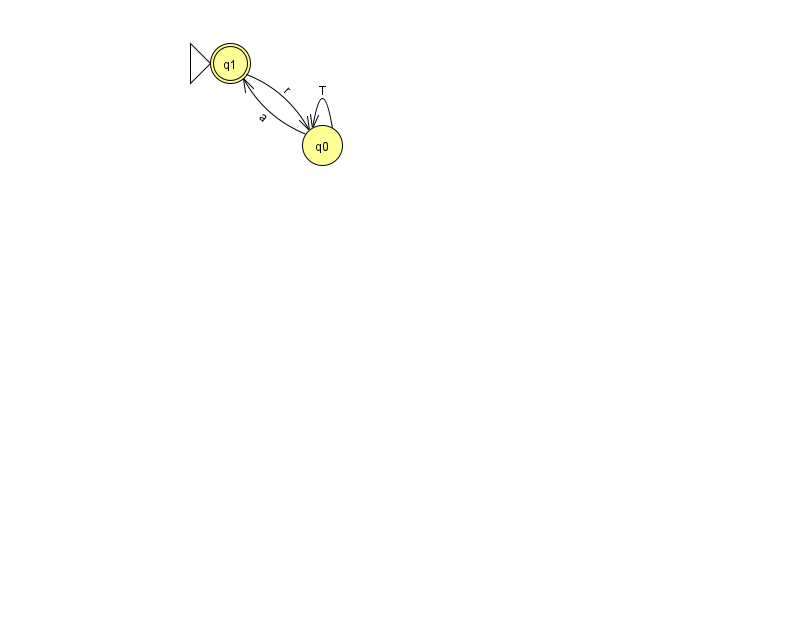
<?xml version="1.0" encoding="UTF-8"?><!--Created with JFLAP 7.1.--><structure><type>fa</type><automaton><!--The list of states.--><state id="0" name="q0"><x>322.0</x><y>132.0</y></state><state id="1" name="q1"><x>230.0</x><y>50.0</y><initial/><final/></state><!--The list of transitions.--><transition><from>0</from><to>0</to><read>T</read></transition><transition><from>1</from><to>0</to><read>r</read></transition><transition><from>0</from><to>1</to><read>a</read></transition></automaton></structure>